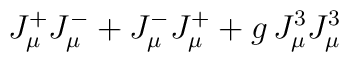
J^+_\mu J^-_\mu  + J^-_\mu J^+_\mu + g \, J^3_\mu J^3_\mu